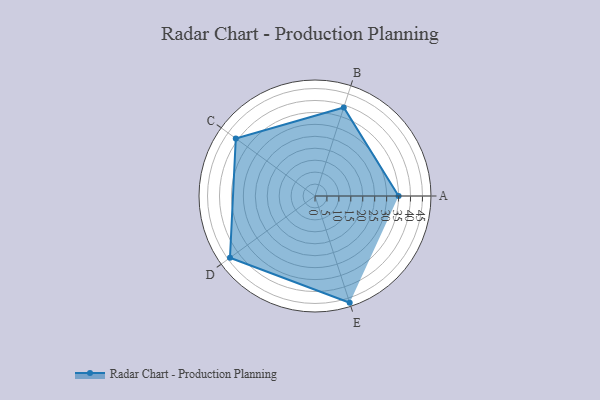
{"axis": {"x": "Skill", "y": "Score"}, "legend": ["Profile"], "data": [{"x": "A", "y": 35.0, "type": "Profile"}, {"x": "B", "y": 39.0, "type": "Profile"}, {"x": "C", "y": 41.0, "type": "Profile"}, {"x": "D", "y": 44.0, "type": "Profile"}, {"x": "E", "y": 47.0, "type": "Profile"}]}